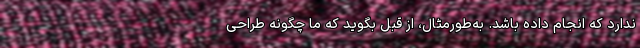
ندارد که انجام داده باشد. به‌طورمثال، از قبل بگوید که ما چگونه طراحی